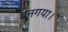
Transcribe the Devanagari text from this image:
बनगया।